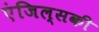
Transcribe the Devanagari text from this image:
एंजिल्सकी